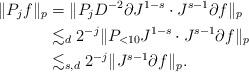
LaTeX: \begin{align*}\| P_j f\|_p & = \| P_j D^{-2} \partial J^{1-s} \cdot J^{s-1} \partial f \|_p \\& \lesssim_{d} 2^{-j} \| P_{<10} J^{1-s} \cdot J^{s-1} \partial f \|_p \\& \lesssim_{s,d} 2^{-j} \| J^{s-1} \partial f \|_p.\end{align*}